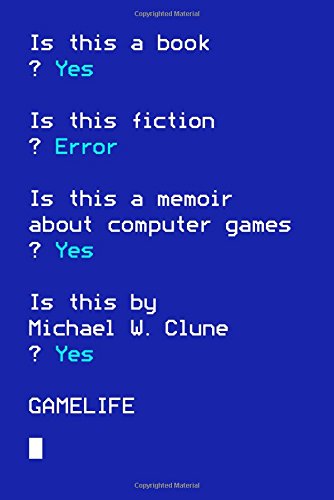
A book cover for Gamelife: A Memoir; Michael W. Clune; Humor & Entertainment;